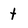
Character: t